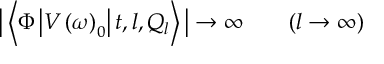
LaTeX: \big | \left\langle \Phi \left| V \left( \omega \right) _ { 0 } \right| t , l , Q _ { l } \right\rangle \big | \to \infty \qquad ( l \to \infty )